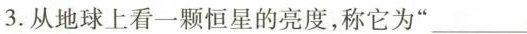
3.从地球上看一颗恒星的亮度，称它为”___